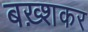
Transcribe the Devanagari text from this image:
बख़्शकर